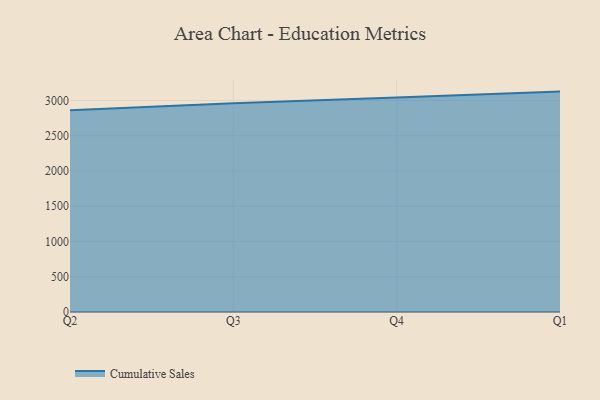
{"axis": {"x": "Quarter", "y": "Gross Profit (USD K)"}, "legend": ["Cumulative Sales"], "data": [{"x": "Q2", "y": 2862.9, "type": "Cumulative Sales"}, {"x": "Q3", "y": 2959.9, "type": "Cumulative Sales"}, {"x": "Q4", "y": 3043.7, "type": "Cumulative Sales"}, {"x": "Q1", "y": 3125.9, "type": "Cumulative Sales"}]}